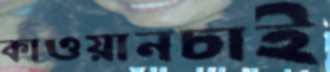
কাওয়ানচাই